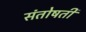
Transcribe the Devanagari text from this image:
संतोषती